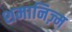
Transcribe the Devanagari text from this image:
शमानिज़्म